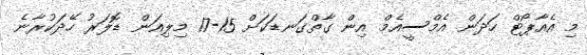
މި އެއާޕޯޓް ހަދަން އެމްސީއެމް އިން ގާތްގަނޑަކަށް 15-17 މިލިއަން ޑޮލަރު ހޭދަކުރާނެ